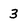
Character: 3